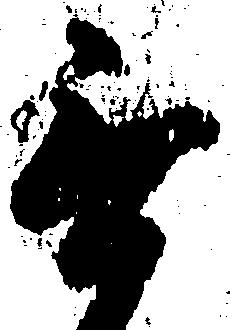
無